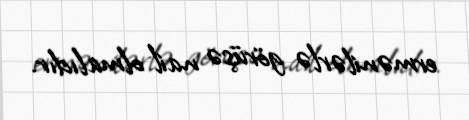
ermənilərlə görüşə nail olmalıdır.